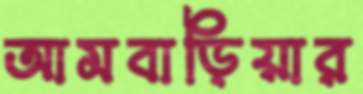
আমবাড়িয়ার